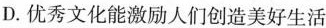
D.优秀文化能激励人们创造美好生活